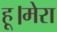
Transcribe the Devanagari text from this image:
हू।मेरा